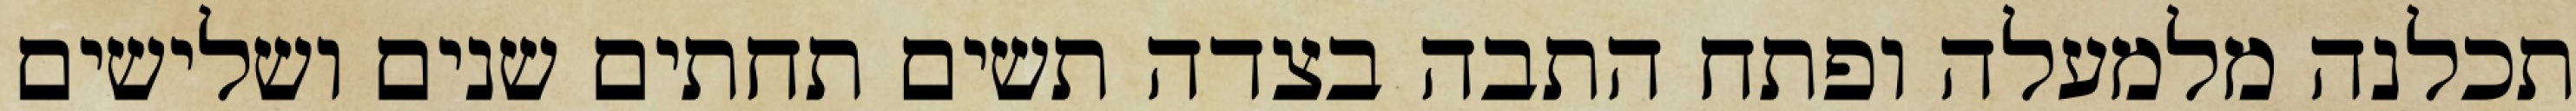
תכלנה מלמעלה ופתח התבה בצדה תשים תחתים שנים ושלישים